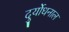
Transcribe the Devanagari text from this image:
दुर्योधनाल